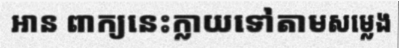
អាន ពាក្យនេះក្លាយទៅតាមសម្លេង